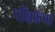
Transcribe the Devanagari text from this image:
पक्षिकेचा